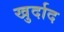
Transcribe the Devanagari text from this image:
खुर्दाद